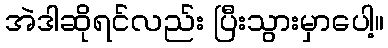
အဲဒါဆိုရင်လည်း ပြီးသွားမှာပေါ့။